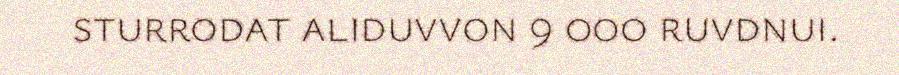
sturrodat aliduvvon 9 000 ruvdnui.